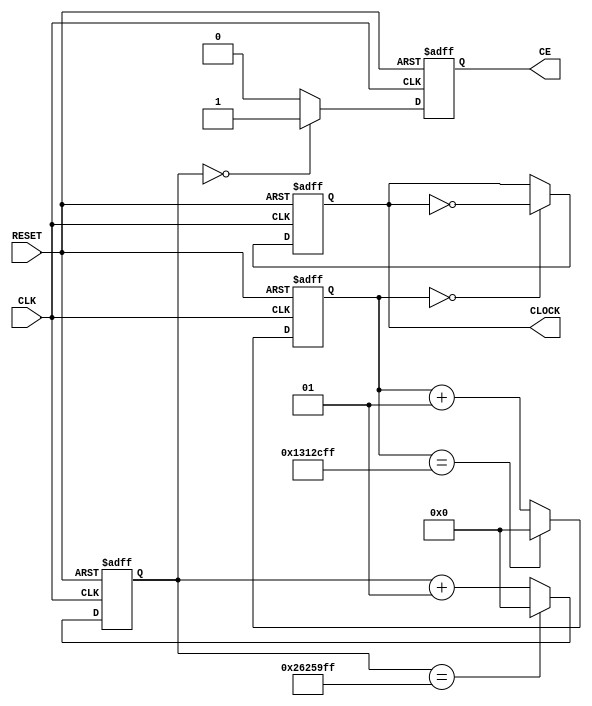
module clock_divider_7 #(
    parameter DIVISOR = 40000000
) (
    input wire        CLK,
    input wire        RESET,
    output reg        CE, 
    output reg        CLOCK 
);
integer counter_ce;
initial counter_ce = 0;
integer counter_clk;
initial counter_clk = 0;
initial CLOCK = 1'b0;
initial CE = 1'b0;
always @(posedge CLK or posedge RESET)
    begin
        if (RESET == 1'b1)
            begin
                CE <= 1'b0;
            end
        else
            begin
                if (counter_ce == 0)
                    begin
                        CE <= 1'b1;
                    end
                else
                    begin
                        CE <= 1'b0;
                    end
            end
    end
always @(posedge CLK or posedge RESET)
    begin
        if (RESET == 1'b1)
            begin
                counter_ce <= 0;
            end
        else
            begin
                if (counter_ce == (DIVISOR - 1))
                    counter_ce <= 0;
                else
                    counter_ce <= counter_ce + 1;
            end
    end
always @(posedge CLK or posedge RESET)
    begin
        if (RESET == 1'b1)
            begin
                CLOCK <= 1'b0;
            end
        else
            begin
                if (counter_clk == 0)
                    begin
                        CLOCK <= ~CLOCK;
                    end
                else
                    begin
                        CLOCK <= CLOCK;
                    end
            end
    end
always @(posedge CLK or posedge RESET)
    begin
        if (RESET == 1'b1)
            begin
                counter_clk <= 0;
            end
        else
            begin
                if (counter_clk == ((DIVISOR >> 1) - 1)) 
                    counter_clk <= 0;
                else
                    counter_clk <= counter_clk + 1;
            end
    end
endmodule